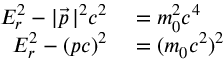
\begin{array} { r l } { E _ { r } ^ { 2 } - | { \vec { p } } \, | ^ { 2 } c ^ { 2 } } & { { } = m _ { 0 } ^ { 2 } c ^ { 4 } } \\ { E _ { r } ^ { 2 } - ( p c ) ^ { 2 } } & { { } = ( m _ { 0 } c ^ { 2 } ) ^ { 2 } } \end{array}